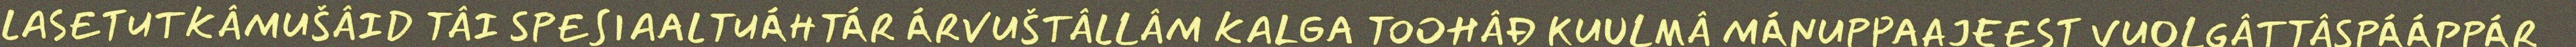
LASETUTKÂMUŠÂID TÂI SPESIAALTUÁHTÁR ÁRVUŠTÂLLÂM KALGA TOOHÂĐ KUULMÂ MÁNUPPAAJEEST VUOLGÂTTÂSPÁÁPPÁR